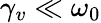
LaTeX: \gamma_{v}\ll\omega_{0}